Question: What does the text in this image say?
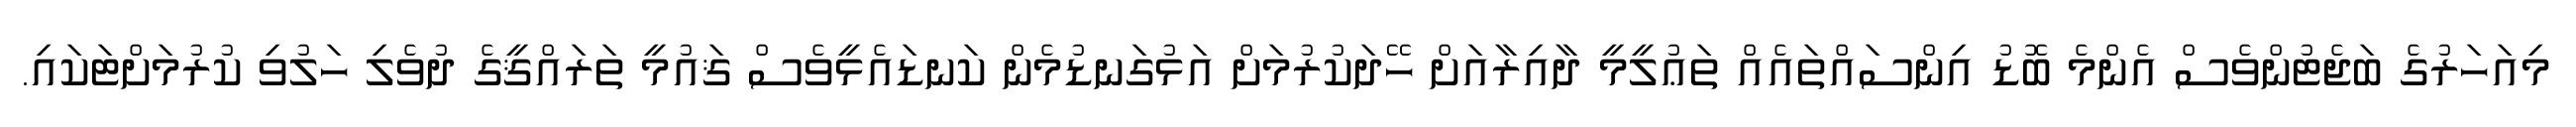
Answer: މިއަހަރުގެ ބަޖެޓުންވެސް އެންމެ ބޮޑު އިންސައްތައެއް ތަޢުލީމީ ދާއިރާއަށް ހޭދަކުރުމަށް އަޅުގަނޑުމެން ކަނޑައެޅީވެސް ޤައުމީ ތަރައްޤީގެ ދުވެލި ހަލުވި ކުރުމަށްޓަކައި.